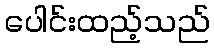
ပေါင်းထည့်သည်